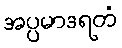
အပ္ပမာဒရတံ